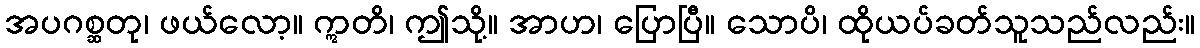
အပဂစ္ဆတု၊ ဖယ်လော့။ ဣတိ၊ ဤသို့။ အာဟ၊ ပြောပြီ။ သောပိ၊ ထိုယပ်ခတ်သူသည်လည်း။